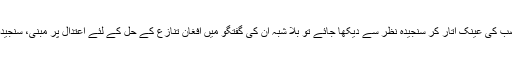
ملا برادر اخوند کے اس پیغام کا اگر بغور جائزہ لیا جائے اور سیاسی تعصب کی عینک اتار کر سنجیدہ نظر سے دیکھا جائے تو بلا شبہ ان کی گفتگو میں افغان تنازع کے حل کے لئے اعتدال پر مبنی، سنجیدہ اور سنگین پیغام شامل ہے جو تمام افغانوں کی امنگوں کی ترجمانی ہے ۔